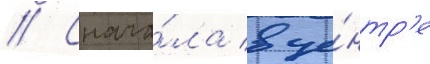
// Снача́ла в це́нтр'е